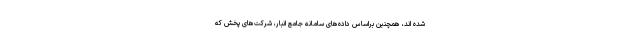
شده اند، همچنین براساس داده‌های سامانه جامع انبار، شرکت‌های پخش که